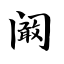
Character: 阚